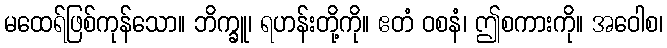
မထေရ်ဖြစ်ကုန်သော။ ဘိက္ခူ၊ ရဟန်းတို့ကို။ ဧတံ ဝစနံ၊ ဤစကားကို။ အဝေါစ၊